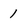
Character: 1